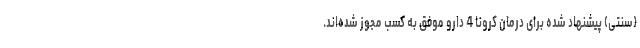
(سنتی) پیشنهاد شده برای درمان کرونا 4 دارو موفق به کسب مجوز شده‌اند.